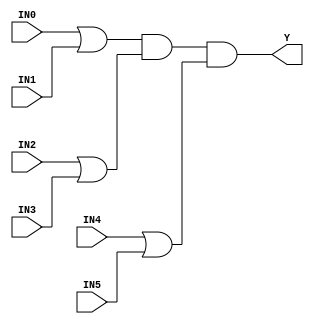
//------------------------------------------------------
// Copyright 1992, 1993 Cascade Design Automation Corporation.
//------------------------------------------------------
module oa222(IN0,IN1,IN2,IN3,IN4,IN5,Y);
  parameter N = 8;
  parameter DPFLAG = 0;
  parameter GROUP = "std";
  parameter
        d_IN0 = 0,
        d_IN1 = 0,
        d_IN2 = 0,
        d_IN3 = 0,
        d_IN4 = 0,
        d_IN5 = 0,
        d_Y = 1;
  input [(N - 1):0] IN0;
  input [(N - 1):0] IN1;
  input [(N - 1):0] IN2;
  input [(N - 1):0] IN3;
  input [(N - 1):0] IN4;
  input [(N - 1):0] IN5;
  output [(N - 1):0] Y;
  wire [(N - 1):0] IN0_temp;
  wire [(N - 1):0] IN1_temp;
  wire [(N - 1):0] IN2_temp;
  wire [(N - 1):0] IN3_temp;
  wire [(N - 1):0] IN4_temp;
  wire [(N - 1):0] IN5_temp;
  reg [(N - 1):0] Y_temp;
  assign #(d_IN0) IN0_temp = IN0;
  assign #(d_IN1) IN1_temp = IN1;
  assign #(d_IN2) IN2_temp = IN2;
  assign #(d_IN3) IN3_temp = IN3;
  assign #(d_IN4) IN4_temp = IN4;
  assign #(d_IN5) IN5_temp = IN5;
  assign #(d_Y) Y = Y_temp;
  initial
    begin
    if((DPFLAG == 1))
      $display("(WARNING) The instance %m of type oa222 can't be implemented as a data-path cell");
    end
  always
    @(IN0_temp or IN1_temp or IN2_temp or IN3_temp or IN4_temp or IN5_temp)
      begin
      Y_temp = (((IN0_temp | IN1_temp) & (IN2_temp | IN3_temp)) & (IN4_temp | IN5_temp));
      end
endmodule